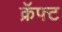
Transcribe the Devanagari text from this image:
क्रॅफ्ट